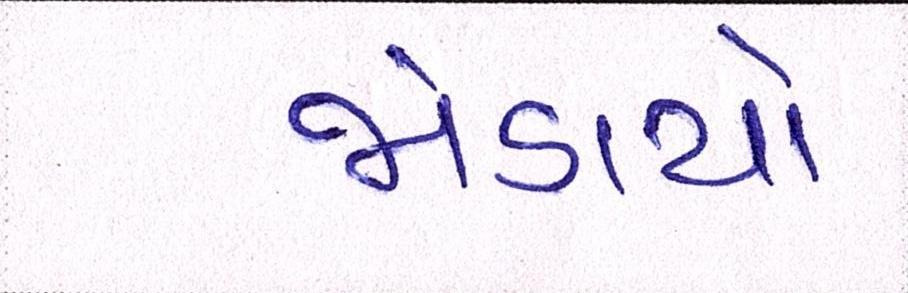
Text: જોડાયો